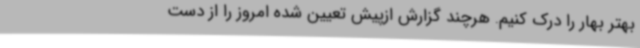
بهتر بهار را درک کنیم. هرچند گزارش ازپیش تعیین شده امروز را از دست